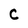
Character: C